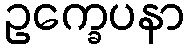
ဥက္ခေပနာ